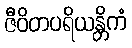
ဇီဝိတပရိယန္တိကံ